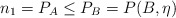
\begin{align*}n_{1}=P_{A}\leq P_{B}=P(B,\eta) \end{align*}